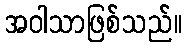
အဝါသာဖြစ်သည်။